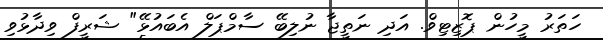
ހަތަރު މީހުން ޕޮޒިޓިވް. އަދި ނަތީޖާ ނުލިބޭ ސާމްޕަލް އެބައުޅޭ" ޝަރީފް ވިދާޅުވި